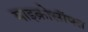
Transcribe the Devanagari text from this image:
माइक्रोसॉफ्त